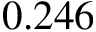
0 . 2 4 6